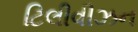
ટિલીવીઝન